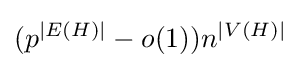
(p^{|E(H)|}-o(1))n^{|V(H)|}